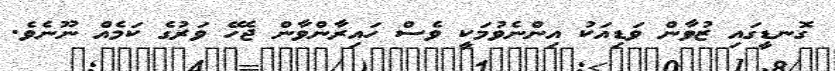
ގޮނޑީގައި ޒުވާން ވަޑިއަކު އިންނެވުމަކީ ވެސް ހައިރާންވާން ޖެހޭ ވަރުގެ ކަމެއް ނޫނެވެ.